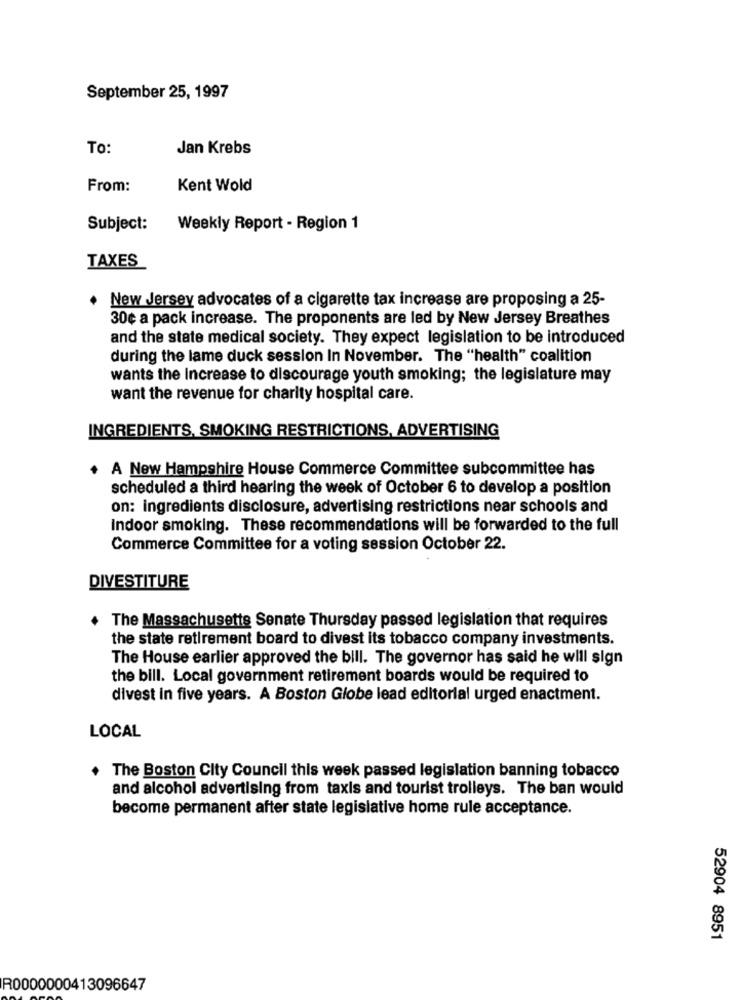
September 25, 1997
To:
Jan Krebs
From:
Kent Wold
Subject:
Weekly Report - Region 1
TAXES
New Jersey advocates of a cigarette tax increase are proposing a 25-
30¢ a pack increase. The proponents are led by New Jersey Breathes
and the state medical society. They expect legislation to be introduced
during the lame duck session In November. The "health" coalition
wants the Increase to discourage youth smoking; the legislature may
want the revenue for charity hospital care.
INGREDIENTS, SMOKING RESTRICTIONS, ADVERTISING
A New Hampshire House Commerce Committee subcommittee has
scheduled a third hearing the week of October 6 to develop a position
on: ingredients disclosure, advertising restrictions near schools and
Indoor smoking. These recommendations will be forwarded to the full
Commerce Committee for a voting session October 22.
DIVESTITURE
The Massachusetts Senate Thursday passed legislation that requires
the state retirement board to divest its tobacco company investments.
The House earlier approved the bill. The governor has said he will sign
the bill. Local government retirement boards would be required to
divest in five years. A Boston Globe lead editorial urged enactment.
LOCAL
The Boston City Council this week passed legislation banning tobacco
and alcohol advertising from taxis and tourist trolleys. The ban would
become permanent after state legislative home rule acceptance.
52904 8951
R0000000413096647